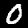
Digit: 0